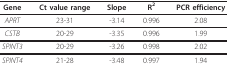
| Gene | Ct value range | Slope | R2 | PCR efficiency |
 | --- | --- | --- | --- | --- |
 | APRT | 23-31 | -3.14 | 0.996 | 2.08 |
 | CSTB | 20-29 | -3.35 | 0.996 | 1.99 |
 | SPINT3 | 20-29 | -3.26 | 0.998 | 2.02 |
 | SPINT4 | 21-28 | -3.48 | 0.997 | 1.94 |